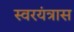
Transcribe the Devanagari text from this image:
स्वरयंत्रास